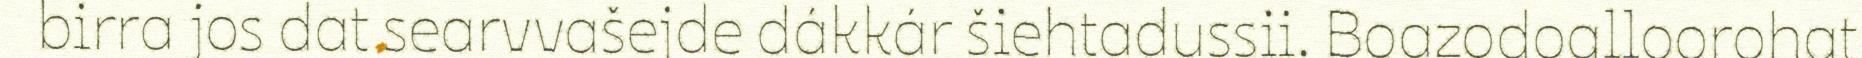
birra jos dat searvvašejde dákkár šiehtadussii. Boazodoalloorohat